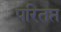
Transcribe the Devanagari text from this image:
परितप्त